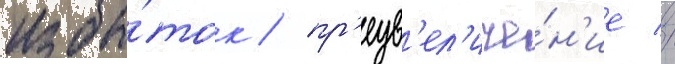
избы́ток / пр'еув'ел'иче́н'ие //